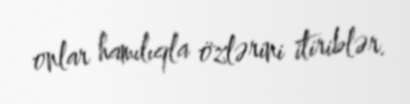
onlar hamılıqla özlərini itiriblər.